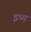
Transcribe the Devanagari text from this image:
इष्य